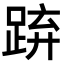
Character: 𨁐